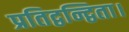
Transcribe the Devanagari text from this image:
प्रतिद्वन्द्विता।